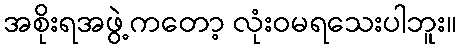
အစိုးရအဖွဲ့ကတော့ လုံးဝမရသေးပါဘူး။